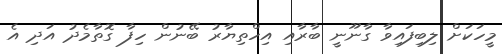
މީހަކަށް ލިބިފައިވާ ގާނޫނީ ބާރާއި އިހްތިޔާރު ބޭނުން ހިފާ ގޮތާމެދު އަދި އެ